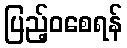
ပြည့်ဝစေရန်